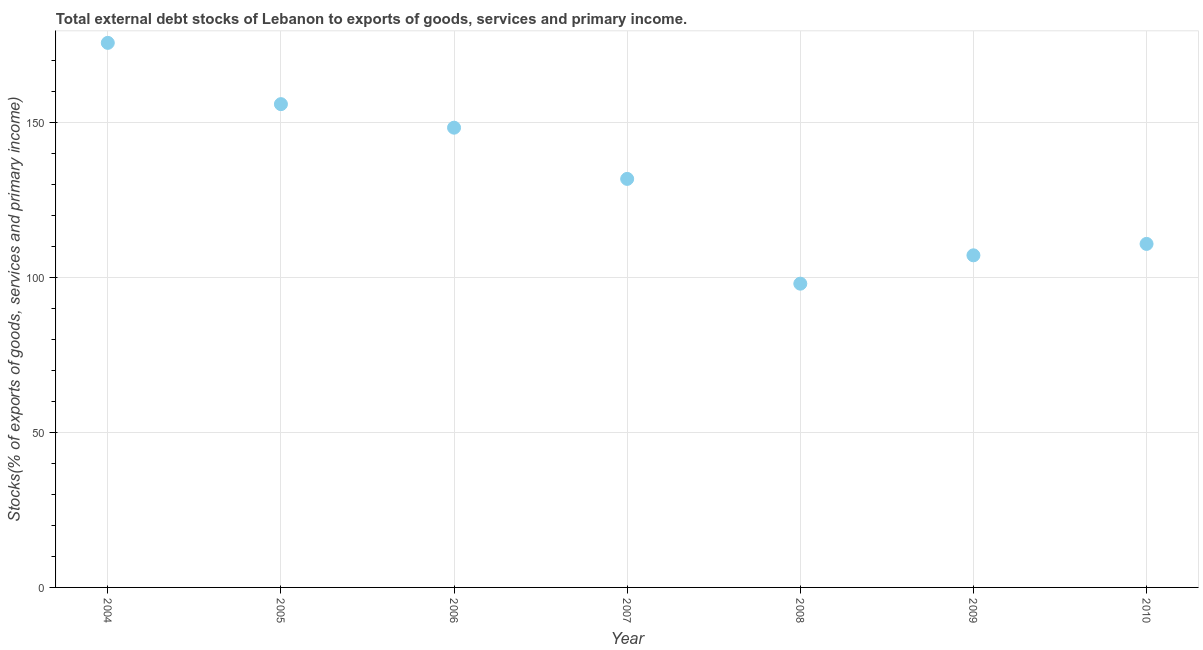
| Year | External debt stocks (% of exports of goods |
 | --- | --- |
 | 2004 | 176 |
 | 2005 | 156 |
 | 2006 | 148 |
 | 2007 | 132 |
 | 2008 | 98 |
 | 2009 | 107 |
 | 2010 | 111 |